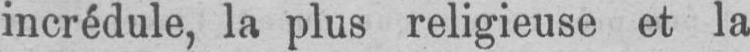
incrédule, la plus religieuse et la